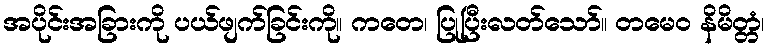
အပိုင်းအခြားကို ပယ်ဖျက်ခြင်းကို။ ကတေ၊ ပြုပြီးလတ်သော်။ တမေဝ နိမိတ္တံ၊